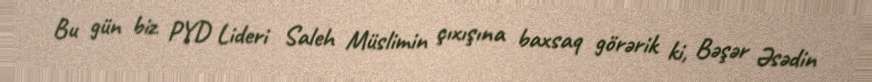
Bu gün biz PYD Lideri Saleh Müslimin çıxışına baxsaq görərik ki, Bəşər Əsədin